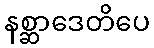
နစ္ဆာဒေတိပေ